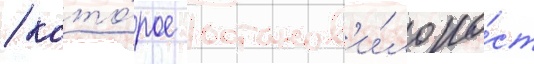
/ кото́рое останов'и́ло ро́ст